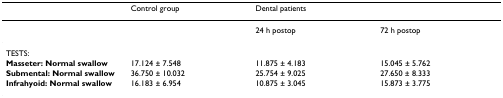
|  | Control group | <COLSPAN=2> Dental patients |
 | --- | --- | --- | --- |
 |  |  | 24 h postop | 72 h postop |
 | TESTS: |  |  |  |
 | Masseter: Normal swallow | 17.124 ± 7.548 | 11.875 ± 4.183 | 15.045 ± 5.762 |
 | Submental: Normal swallow | 36.750 ± 10.032 | 25.754 ± 9.025 | 27.650 ± 8.333 |
 | Infrahyoid: Normal swallow | 16.183 ± 6.954 | 10.875 ± 3.045 | 15.873 ± 3.775 |